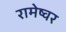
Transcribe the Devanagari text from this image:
रामेष्वर